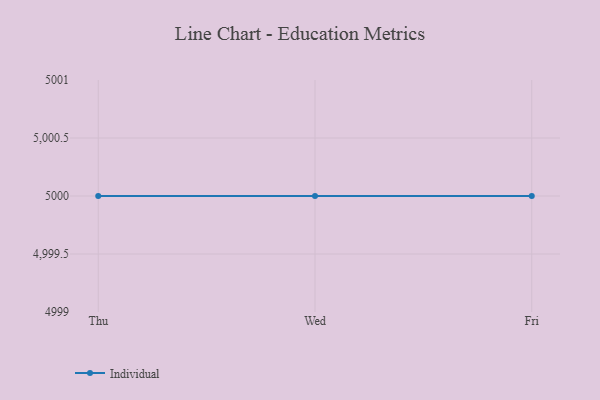
{"axis": {"x": "Day", "y": "Latency (ms)"}, "legend": ["Individual"], "data": [{"x": "Thu", "y": 5000, "type": "Individual"}, {"x": "Wed", "y": 5000, "type": "Individual"}, {"x": "Fri", "y": 5000, "type": "Individual"}]}